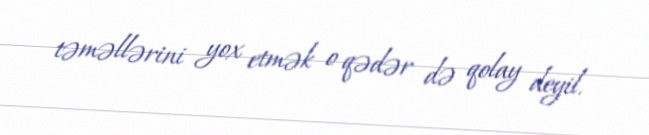
təməllərini yox etmək o qədər də qolay deyil.